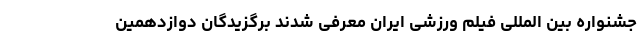
جشنواره بین المللی فیلم ورزشی ایران معرفی شدند برگزیدگان دوازدهمین